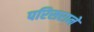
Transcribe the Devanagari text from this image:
परिसराने